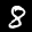
Label: 8